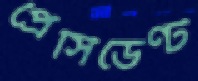
প্রেসিডেণ্ট